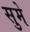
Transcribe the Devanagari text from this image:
सुमे